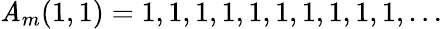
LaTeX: \mathit{A}_{m}(1,1)=1,1,1,1,1,1,1,1,1,1,\ldots